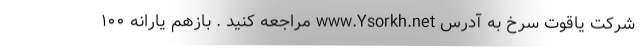
شرکت یاقوت سرخ به آدرس www.Ysorkh.net مراجعه کنید . بازهم یارانه ۱۰۰